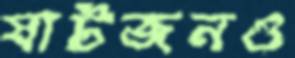
ষাটজনও